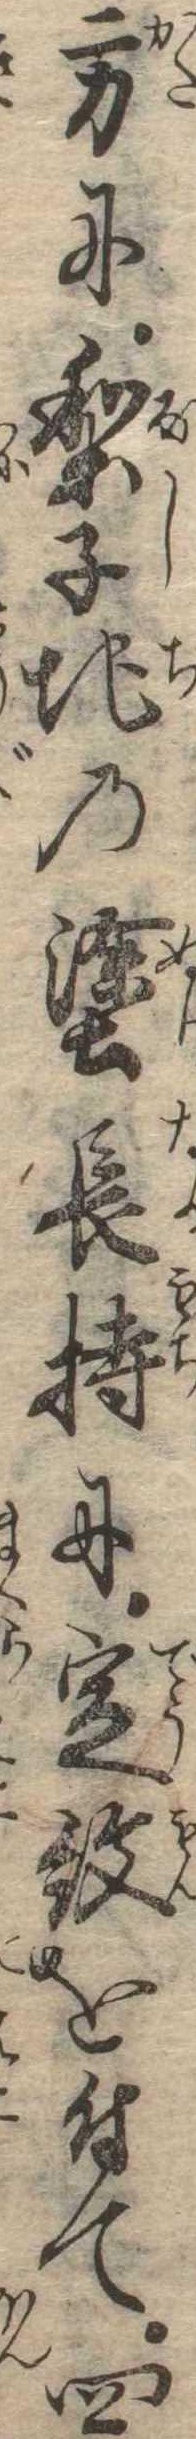
方に梨子地の塗長持に定紋を付て四